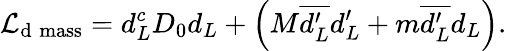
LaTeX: {\cal L}_{\mathrm{d}\; \mathrm{mass}}=d_{L}^{c}D_{0}d_{L}+\left(M\overline{{{d_{L}^{\prime}}}}d_{L}^{\prime}+m\overline{{{d_{L}^{\prime}}}}d_{L}\right).